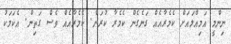
ނިންމީ އަމިއްލައަށް ކެމެރާއެއް ގަނެގެން ކެމެރާ ކުރަން. ކެމެރާއެއް ވެސް ގަތިން. އެކަމަކު